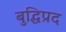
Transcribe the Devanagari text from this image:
बुद्धिप्रद